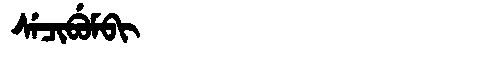
Manchu: ᠰᡝᠴᡳᠪᡠᠮᠪᡳ
Romanization: SECIBUMBI